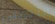
التجريبي